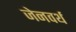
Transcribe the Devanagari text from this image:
जेनवर्थ